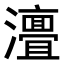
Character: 𭳧